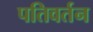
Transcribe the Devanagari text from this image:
पतिवर्तन